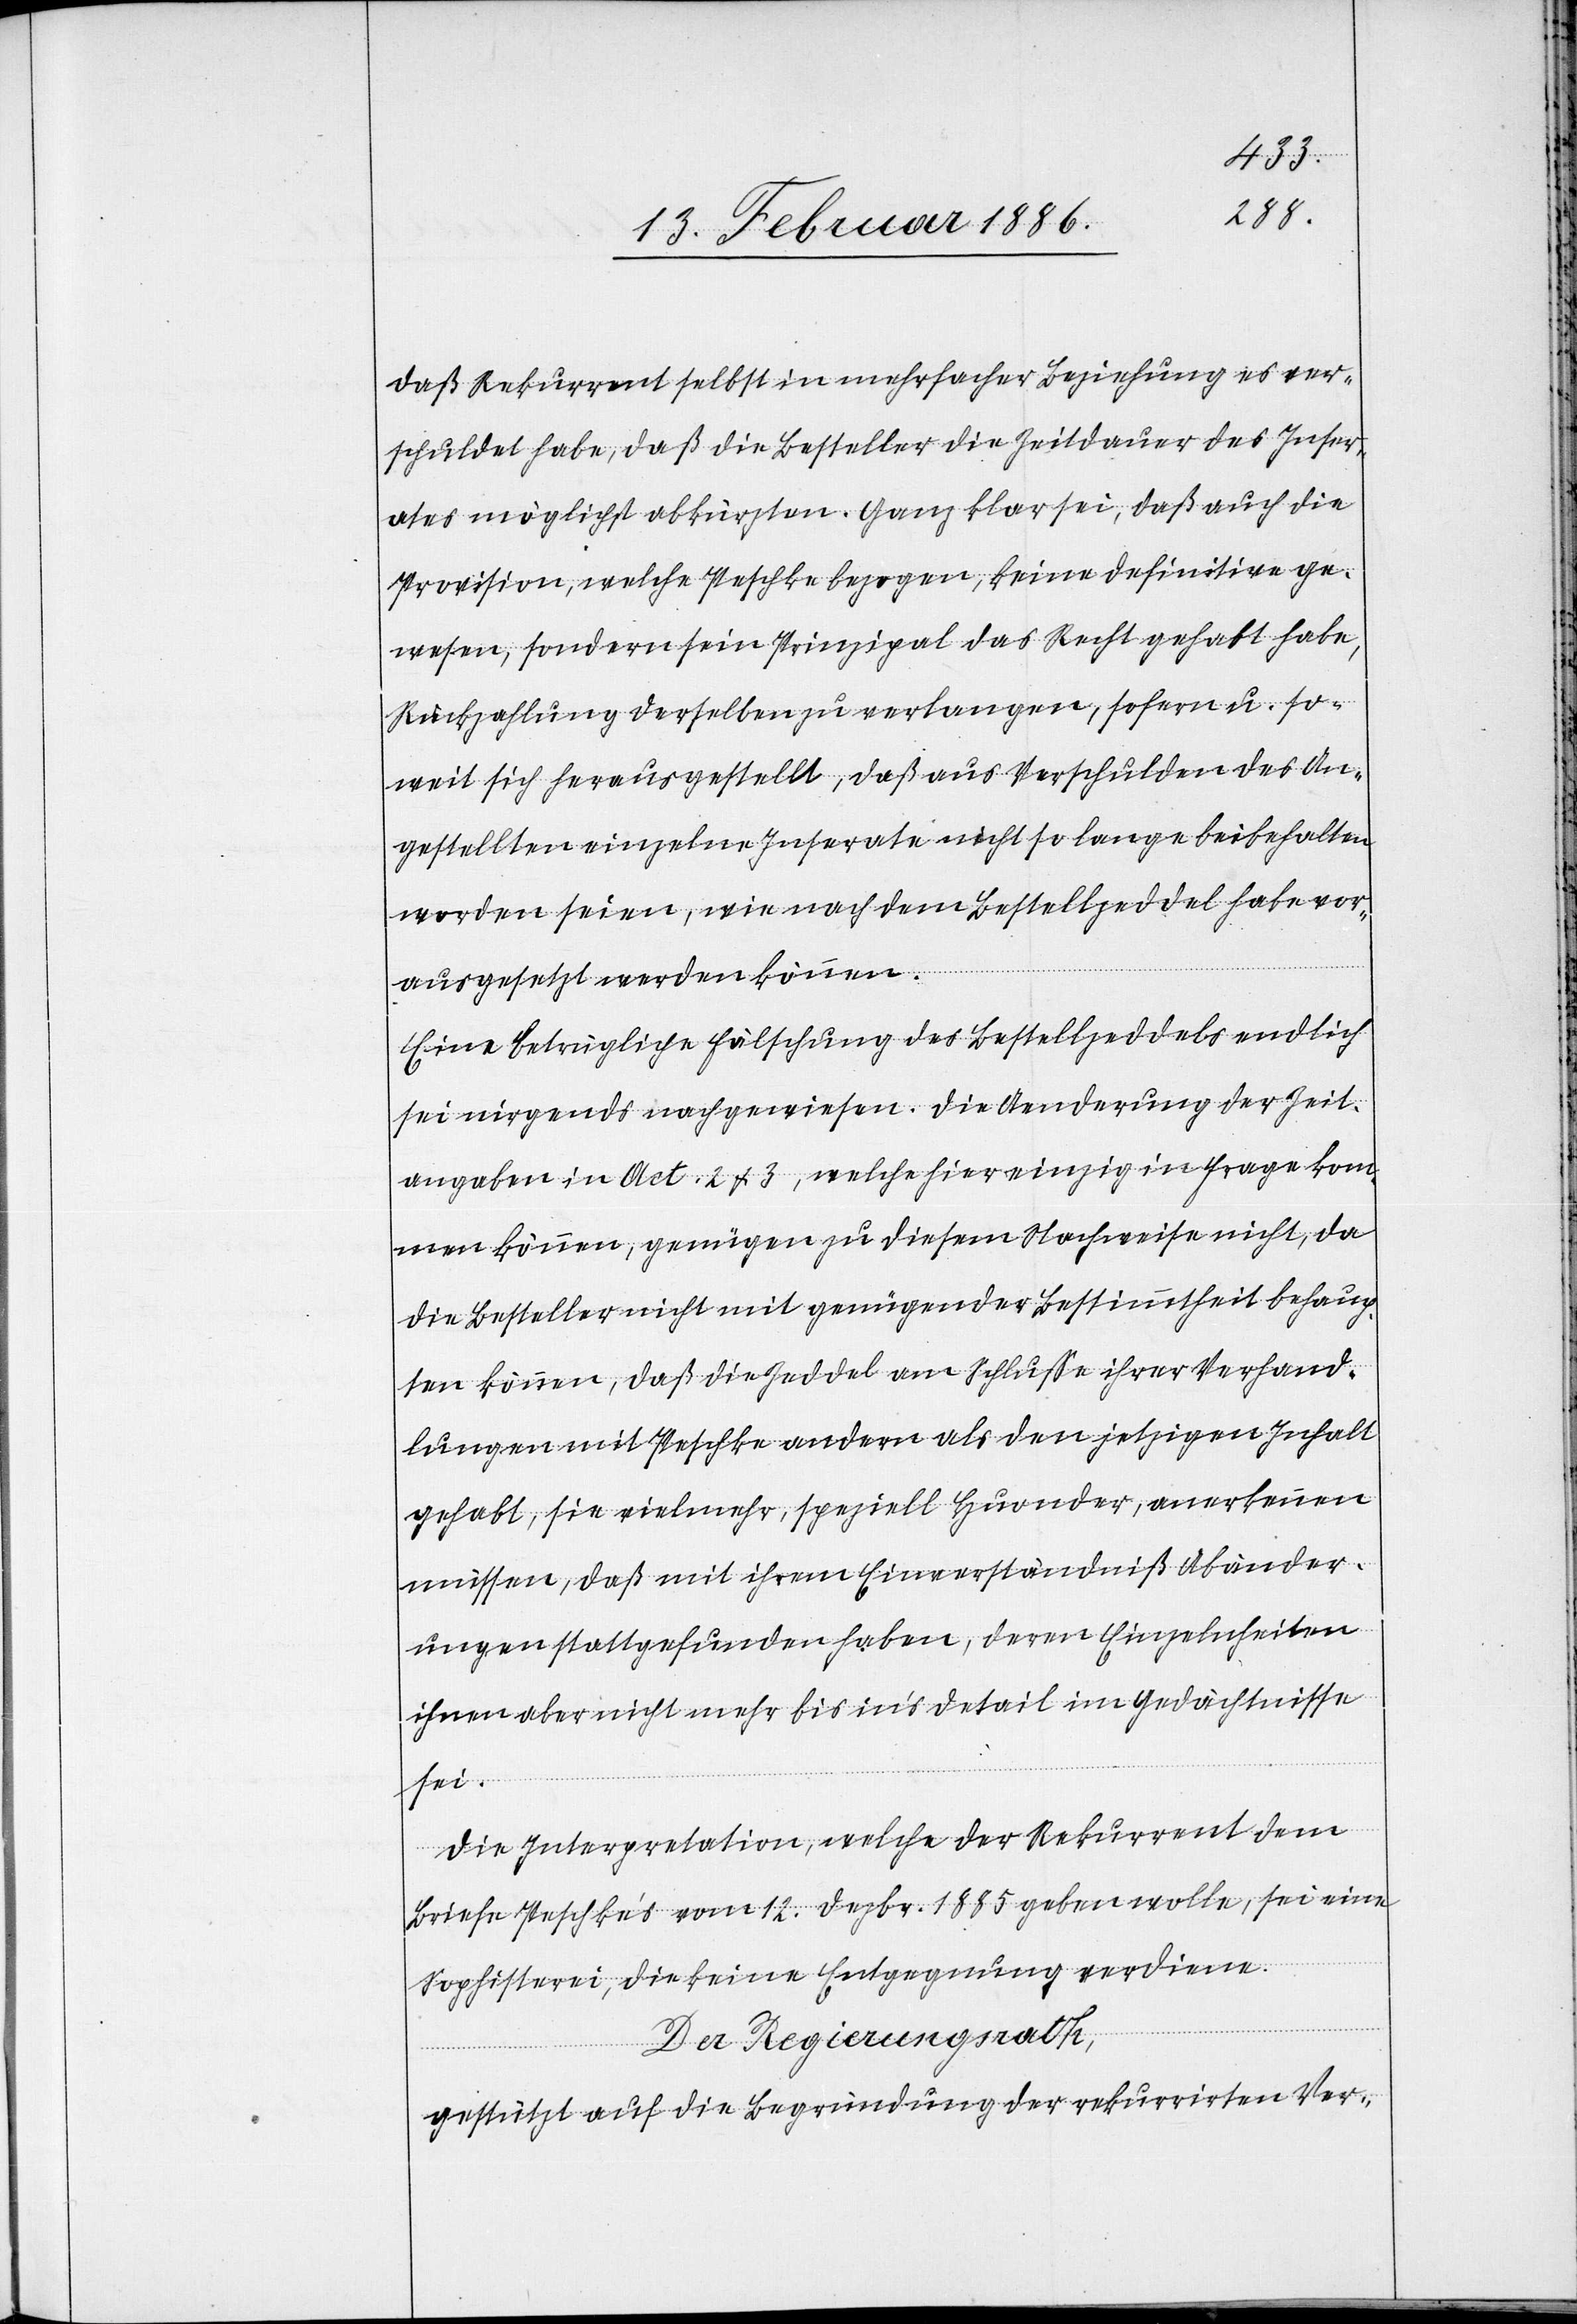
daß Rekurrent selbst in mehrfacher Beziehung es ver¬
schuldet habe, daß die Besteller die Zeitdauer des Inser¬
ates möglichst abkürzten. Ganz klar sei, daß auch die
Provision, welche Peschke bezogen, keine definitive ge¬
wesen, sondern sein Prinzipal das Recht gehabt habe,
Rückzahlung derselben zu verlangen, sofern u. so¬
weit sich herausgestellt, daß aus Verschulden des An¬
gestellten einzelne Inserate nicht so lange beibehalten
worden seien, wie nach dem Bestellzeddel habe vor¬
ausgesetzt werden können.
Eine betrügliche Fälschung des Bestellzeddels endlich
sei nirgends nachgewiesen. Die Aenderung der Zeit¬
angaben in Act. 2 & 3, welche hier einzig in Frage kom¬
men können, genügen zu diesem Nachweise nicht, da
die Besteller nicht mit genügender Bestimmtheit behaup¬
ten können, daß die Zeddel am Schluße ihrer Verhand¬
lungen mit Peschke einen anderen als den jetzigen Inhalt
gehabt, sie vielmehr, speziell Huonder, anerkennen
müssen, daß mit ihrem Einverständniß Abänder¬
ungen stattgefunden haben, deren Einzelheiten
ihnen aber nicht mehr bis in’s Detail im Gedächtnisse
seien.
Die Interpretation, welche der Rekurrent dem
Briefe Peschke’s vom 12. Dezbr. 1885 geben wolle, sei eine
Sophisterei, die keine Entgegnung verdiene.
Der Regierungsrath,
gestützt auf die Begründung der rekurrirten Ver-